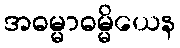
အဓမ္မာဓမ္မိယေန